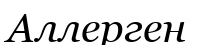
Аллерген